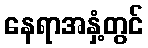
နေရာအနှံ့တွင်